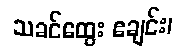
သခင်ထွေး ဧချင်း၊